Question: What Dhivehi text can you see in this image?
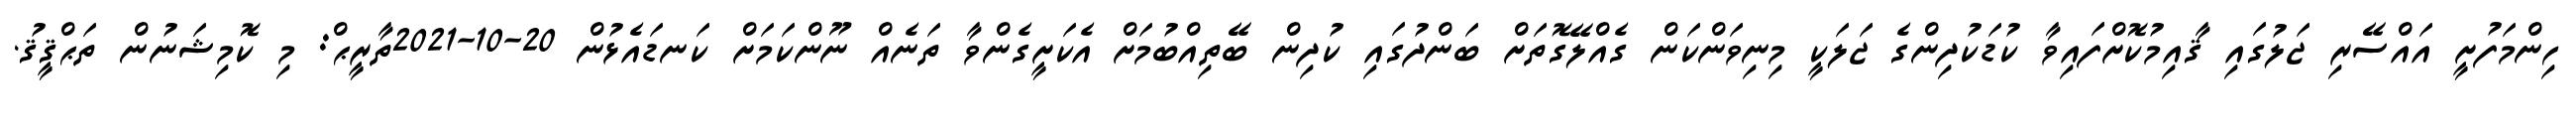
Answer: ހިންމަފުށީ އައްސޭރި ޖަލުގައި ޤާއިމުކޮށްފައިވާ ކުޑަކުދިންގެ ޖަލަކީ މިނިވަންކަން ގެއްލޭގޮތަށް ބަންދުގައި ކުދިން ބޭތިއްބުމަށް އެކަށީގެންވާ ތަނެއް ނޫންކަމަށް ކަނޑައެޅުން 20-10-2021ތާރީޙް: މި ކޮމިޝަނުން ތަޙްޤީޤު.